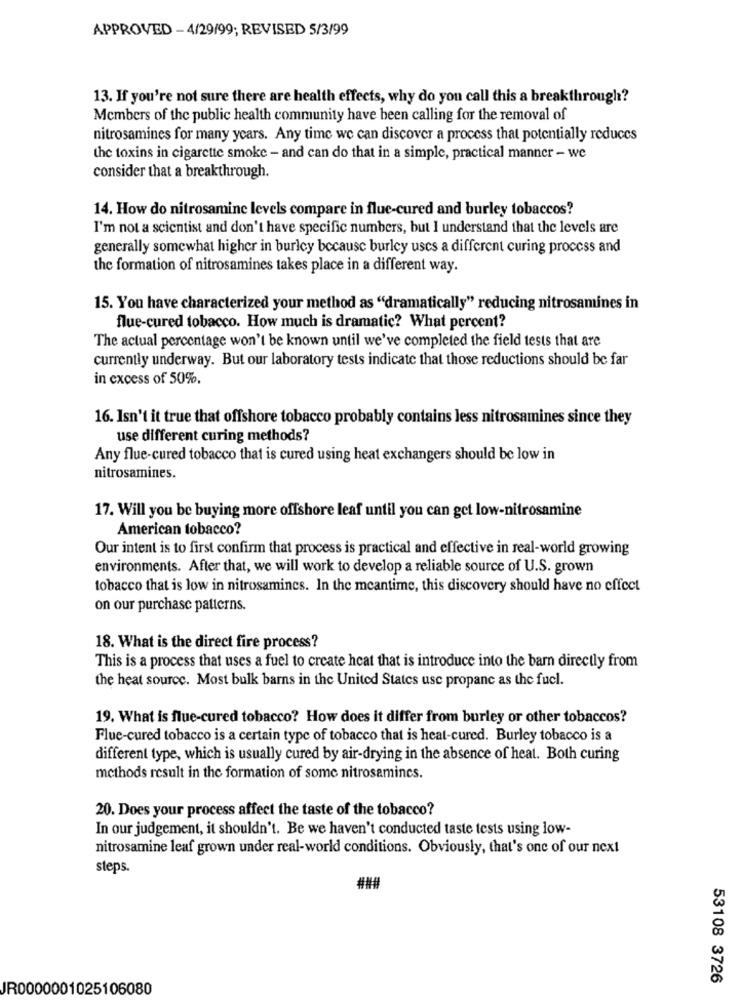
APPROVED - 4/29/99; REVISED 5/3/99
13. If you're not sure there are health effects, why do you call this a breakthrough?
Members of the public health community have been calling for the removal of
nitrosamines for many years. Any time we can discover a process that potentially reduces
the toxins in cigarette smoke - and can do that in a simple, practical manner - we
consider that a breakthrough.
14. How do nitrosamine levels compare in flue-cured and burley tobaccos?
I'm not a scientist and don't have specific numbers, but I understand that the levels are
generally somewhat higher in burley because burley uses a different curing process and
the formation of nitrosamines takes place in a different way.
15. You have characterized your method as "dramatically" reducing nitrosamines in
flue-cured tobacco. How much is dramatic? What percent?
The actual percentage won't be known until we've completed the field tests that are
currently underway. But our laboratory tests indicate that those reductions should be far
in excess of 50%.
16. Isn't it true that offshore tobacco probably contains less nitrosamines since they
use different curing methods?
Any flue-cured tobacco that is cured using heat exchangers should be low in
nitrosamines.
17. Will you be buying more offshore leaf until you can get low-nitrosamine
American tobacco?
Our intent is to first confirm that process is practical and effective in real-world growing
environments. After that, we will work to develop a reliable source of U.S. grown
tobacco that is low in nitrosamines. In the meantime, this discovery should have no effect
on our purchase patterns.
18. What is the direct fire process?
This is a process that uses a fuel to create hcat that is introduce into the barn directly from
the heat source. Most bulk barns in the United States use propane as the fuel.
19. What is flue-cured tobacco? How does it differ from burley or other tobaccos?
Flue-cured tobacco is a certain type of tobacco that is heat-cured. Burley tobacco is a
different type, which is usually cured by air-drying in the absence of heat. Both curing
methods result in the formation of some nitrosamincs.
20. Does your process affect the taste of the tobacco?
In our judgement, it shouldn't. Be we haven't conducted taste tests using low-
nitrosamine leaf grown under real-world conditions. Obviously, that's one of our next
steps.
AN#
53108 3726
JR0000001025106080